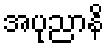
အပုညာနိ